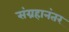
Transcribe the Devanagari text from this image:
संग्रहानंतर